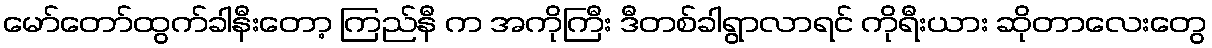
မော်တော်ထွက်ခါနီးတော့ ကြည်နီ က အကိုကြီး ဒီတစ်ခါရွာလာရင် ကိုရီးယား ဆိုတာလေးတွေ